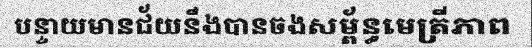
បន្ទាយមានជ័យនឹងបានចងសម្ព័ន្ធមេត្រីភាព